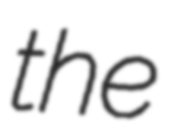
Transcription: the